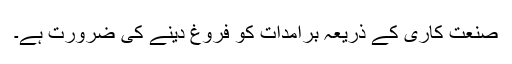
صنعت کاری کے ذریعہ برآمدات کو فروغ دینے کی ضرورت ہے۔